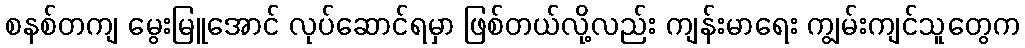
စနစ်တကျ မွေးမြူအောင် လုပ်ဆောင်ရမှာ ဖြစ်တယ်လို့လည်း ကျန်းမာရေး ကျွမ်းကျင်သူတွေက